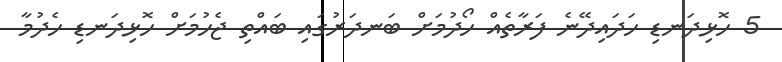
5 ހޮޅިދަނޑި ހަދައިދޭނެ ފަރާތެއް ހޯދުމަށް ބަނދަރުގައި ބައްތި ޖެހުމަށް ހޮޅިދަނޑި ހެދުމާ